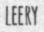
LEERY